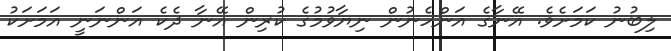
ލިބުނު ކަމަށެވެ. އޭނާގެ އަންހެނުން ނިޔާވުމުގެ ކުރިން އޭނާ ދެކެ އަންނަނީ އަމަށަކު